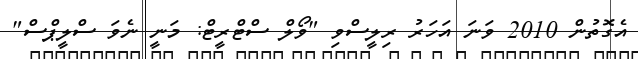
އެގޮތުން 2010 ވަނަ އަހަރު ރިލީސްވި "ވޯލް ސްޓްރީޓް: މަނީ ނެވަ ސްލީޕްސް"